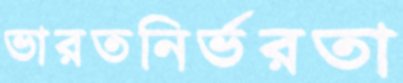
ভারতনির্ভরতা